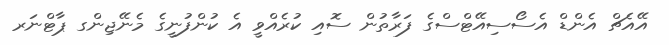
އޭއެޗް އެންޑް އެސޯސިއޭޓްސްގެ ފަރާތުން ސޮއި ކުރެއްވީ އެ ކުންފުނީގެ މެނޭޖިންގ ޕާޓްނަރ